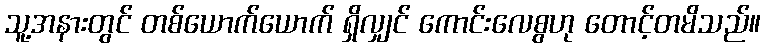
သူ့အနားတွင် တစ်ယောက်ယောက် ရှိလျှင် ကောင်းလေစွဟု တောင့်တမိသည်။